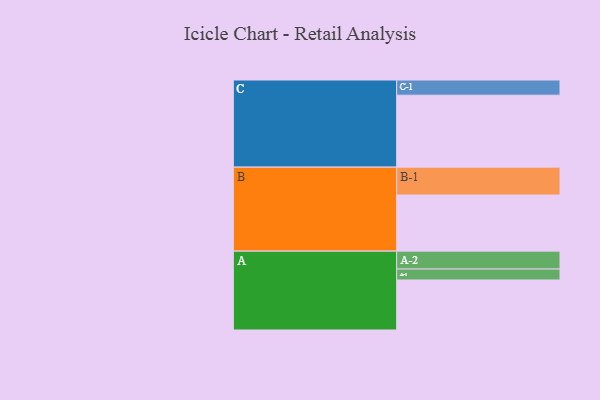
{"axis": {"x": "Segment", "y": "Value"}, "legend": ["", "A", "B", "C"], "data": [{"x": "A", "y": 411, "type": ""}, {"x": "B", "y": 461, "type": ""}, {"x": "C", "y": 591, "type": ""}, {"x": "A-1", "y": 90, "type": "A"}, {"x": "A-2", "y": 147, "type": "A"}, {"x": "B-1", "y": 229, "type": "B"}, {"x": "C-1", "y": 125, "type": "C"}]}